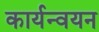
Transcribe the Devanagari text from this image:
कार्यन्वयन